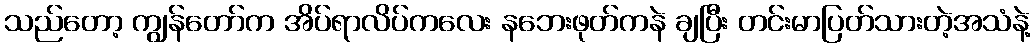
သည်တော့ ကျွန်တော်က အိပ်ရာလိပ်ကလေး နဘေးဖုတ်ကနဲ ချပြီး တင်းမာပြတ်သားတဲ့အသံနဲ့